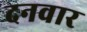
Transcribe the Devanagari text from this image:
दनवार